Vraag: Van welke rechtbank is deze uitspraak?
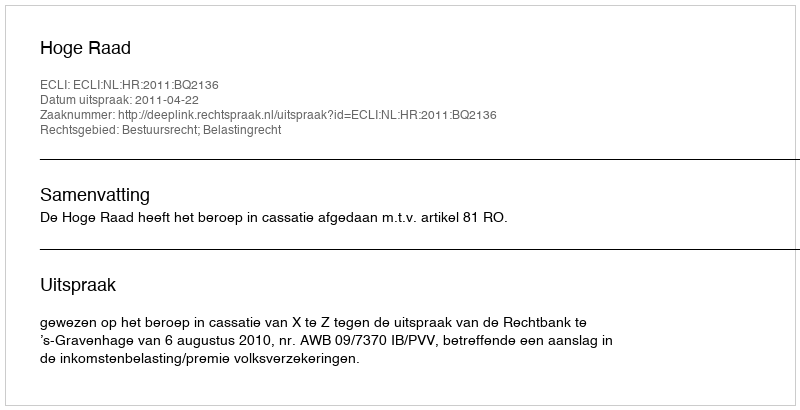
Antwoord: Hoge Raad